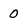
Character: 0